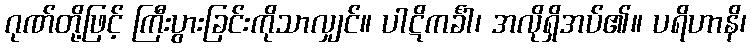
ဂုဏ်တို့ဖြင့် ကြီးပွားခြင်းကိုသာလျှင်။ ပါဋိကင်္ခါ၊ အလိုရှိအပ်၏။ ပရိဟာနိ၊